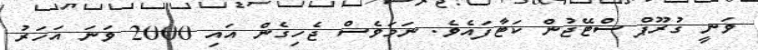
ވަނީ ގުރޫޕް ސްޓޭޖުން ކަޓާފައެވެ. ނަމަވެސް ޖެހިގެން އައި 2000 ވަނަ އަހަރު